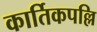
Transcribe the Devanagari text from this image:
कार्तिकपल्लि